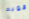
قويه